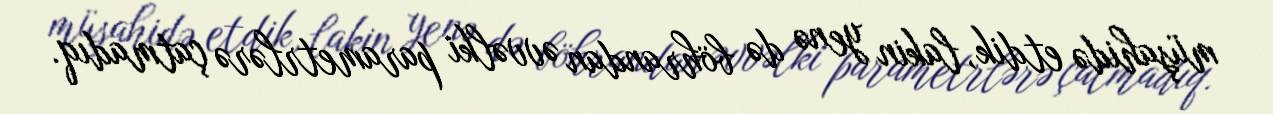
müşahidə etdik, lakin yenə də böhrandan əvvəlki parametrlərə çatmadıq.